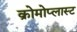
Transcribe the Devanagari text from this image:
क्रोमोप्लास्ट